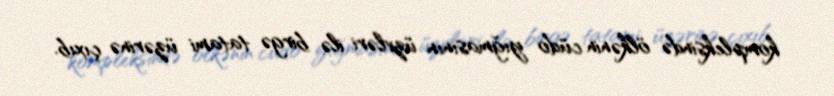
kompleksində ölkənin cüdo yığmasının üzvləri ilə birgə tatami üzərinə çıxıb.